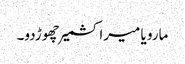
مارو یا میرا کشمیر چھوڑدو۔